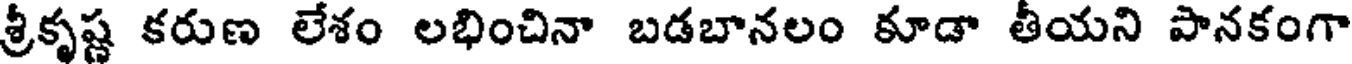
శ్రీకృష్ణ కరుణ లేశం లభించినా బడబానలం కూడా తీయని పానకంగా